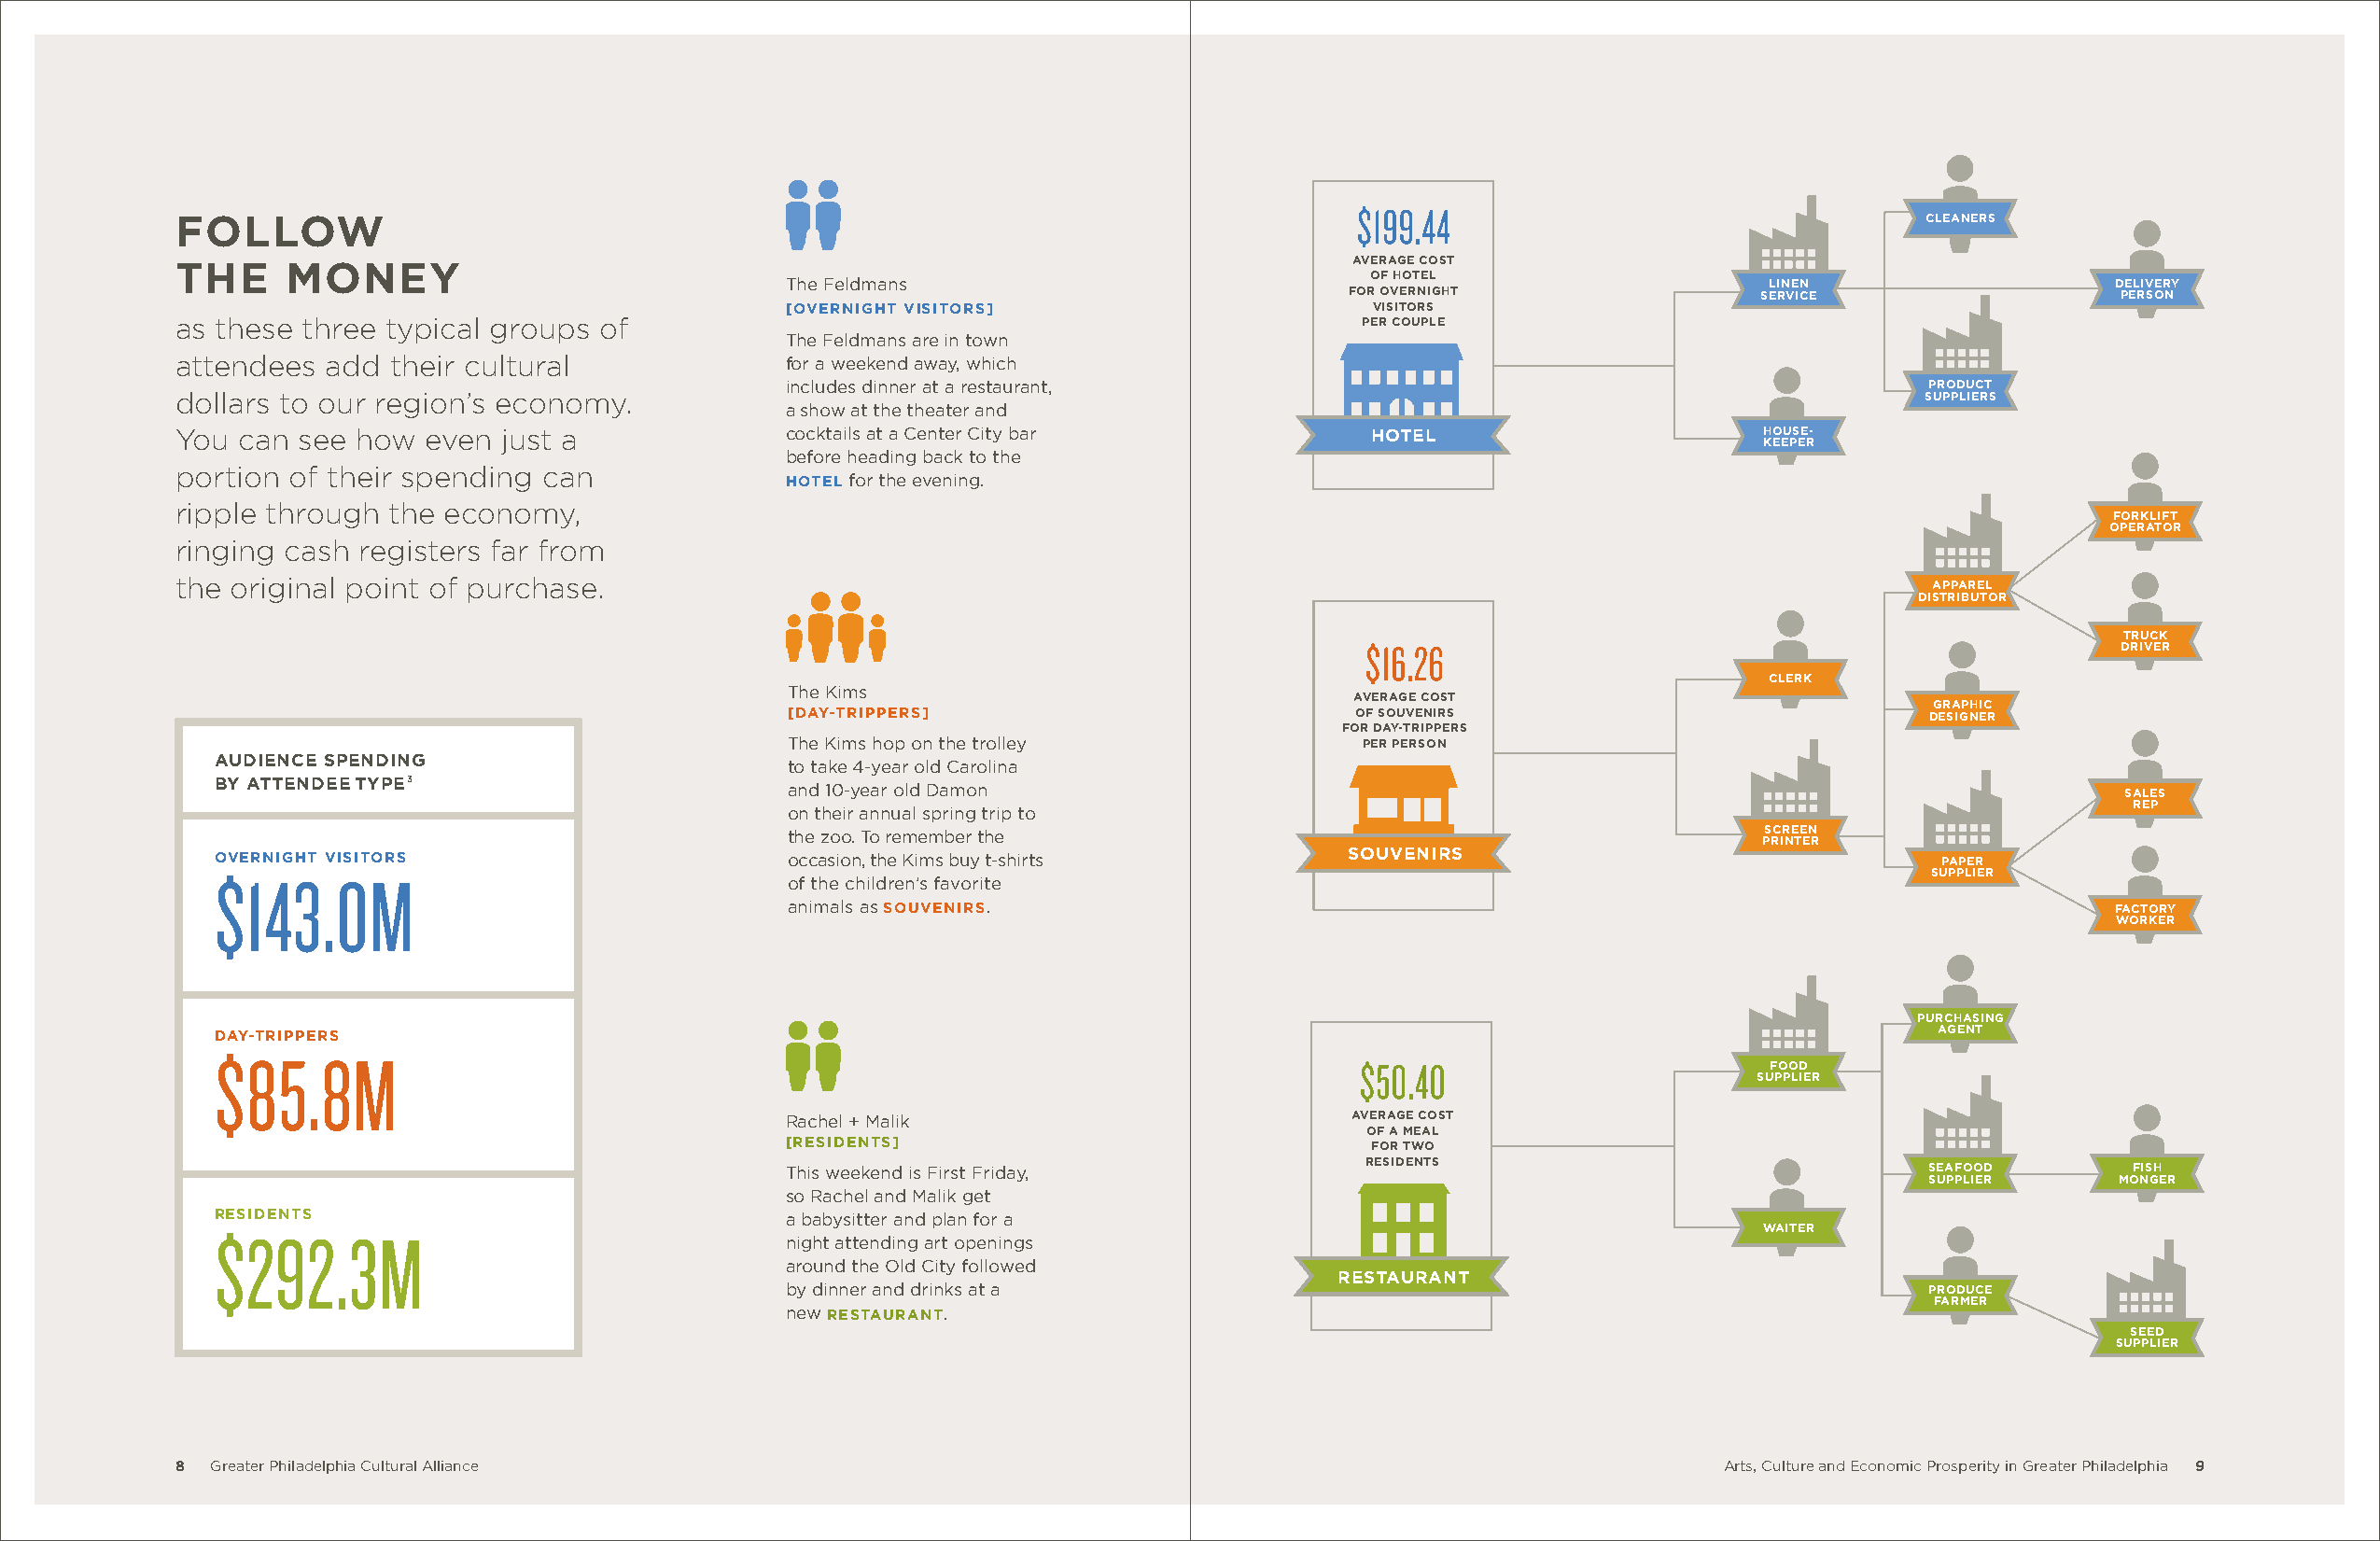
$199.44
 follow                                                                                                                       cleaners
 the     money                                                                       average cost
 The Feldmans                             of hotel                    linen                    delivery
 for overnight                service                  person
 [overnight visitors]                     visitors
 as these three typical groups of                                                     per couple
 The Feldmans are in town
 attendees  add  their cultural              for a weekend away, which
 includes dinner at a restaurant,                                                 product
 dollars to our region’s economy.                                                                                             suppliers
 a show at the theater and
 You  can see how  even  just a              cocktails at a Center City bar           hotel                       house-
 keeper
 before heading back to the
 portion of their spending can
 hotel for the evening.
 ripple through  the economy,
 forklift
 operator
 ringing cash registers far from
 the original point of purchase.                                                                                              apparel
 distributor
 truck
 $16.26                                               driver
 clerk
 The Kims
 average cost
 graphic
 [day-trippers]                          of souvenirs                             designer
 for day-trippers
 The Kims hop on the trolley              per person
 audience spending
 to take 4-year old Carolina
 by attendee type3
 and 10-year old Damon                                                                          sales
 rep
 on their annual spring trip to
 the zoo. To remember the                                             screen
 printer
 overnight visitors                       occasion, the Kims buy t-shirts         souvenirs                                 paper
 $143.0M                                  of the children’s favorite                                                       supplier
 animals as souvenirs.                                                                         factory
 worker
 purchasing
 day-trippers                                                                                                              agent
 $85.8M
 $50.40                        food
 supplier
 Rachel + Malik                          average cost
 of a meal
 [residents]                              for two
 This weekend is First Friday,            residents                               seafood       fish
 supplier     monger
 so Rachel and Malik get
 residents                                a babysitter and plan for a
 waiter
 $292.3M
 night attending art openings
 around the Old City followed
 restaurant
 by dinner and drinks at a                                                        produce
 farmer
 new restaurant.
 seed
 supplier
 8  Greater Philadelphia Cultural Alliance                                                                     Arts, Culture and Economic Prosperity in Greater Philadelphia 9